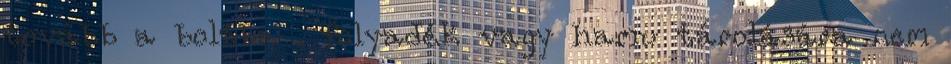
tovább a boltba . folyadék vagy hamu tárolására nem